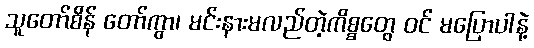
သူတော်စိန် တော်ကွာ၊ မင်းနားမလည်တဲ့ကိစ္စတွေ ဝင် မပြောပါနဲ့